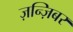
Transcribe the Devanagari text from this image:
ज़न्ज़िबर